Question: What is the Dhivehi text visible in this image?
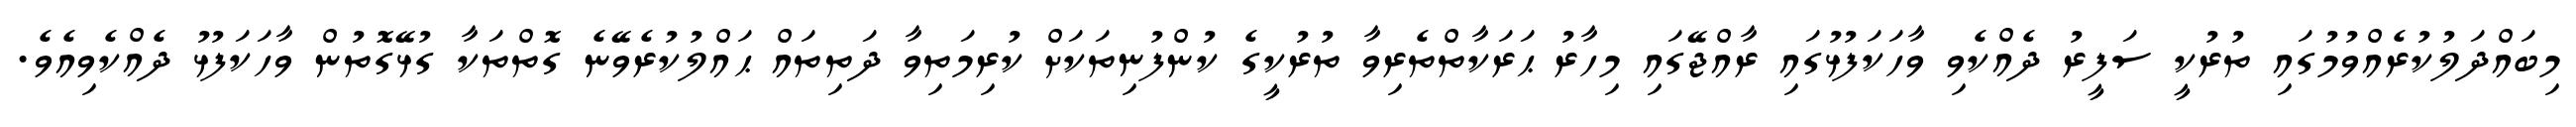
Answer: މިބައްދަލުކުރެއްވުމުގައި ތުރުކީ ސަފީރު ދެއްކެވި ވާހަކަފުޅުގައި ރާއްޖޭގައި މިހާރު ޙަރަކާތްތެރިވާ ތުރުކީގެ ކުންފުނިތަކަށް ކުރިމަތިވާ ދަތިތައް ޙައްލުކުރެވޭނެ ގޮތްތަކާ ގުޅޭގޮތުން ވާހަކަފުޅު ދެއްކެވިއެވެ.